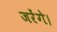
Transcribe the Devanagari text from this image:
जरेंगे।